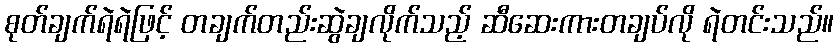
စုတ်ချက်ရဲရဲဖြင့် တချက်တည်းဆွဲချလိုက်သည့် ဆီဆေးကားတချပ်လို ရဲတင်းသည်။